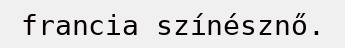
francia színésznő.